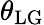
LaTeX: \theta_{\mathrm{LG}}